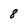
Character: 8